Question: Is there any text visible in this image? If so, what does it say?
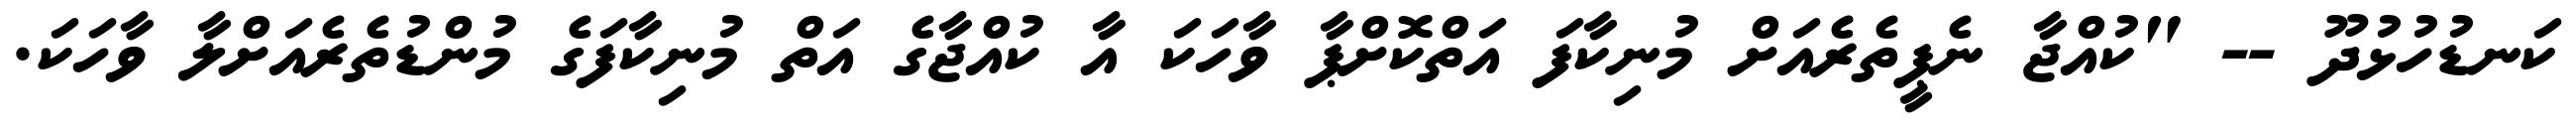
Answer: ކަނޑުހުޅުދޫ -- "ކުއްޖާ ނެޕީތެރެއަށް މުނިކާފަ އަތްކޮށްޕާ ވާހަކަ އާ ކުއްޖާގެ އަތް މުނިކާފަގެ މުންޑުތެރެއަށްލާ ވާހަކަ.